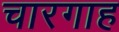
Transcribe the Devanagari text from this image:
चारगाह